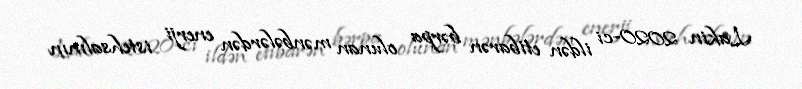
Lakin 2020-ci ildən etibarən bərpa olunan mənbələrdən enerji istehsalının